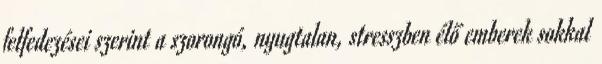
felfedezései szerint a szorongó, nyugtalan, stresszben élő emberek sokkal